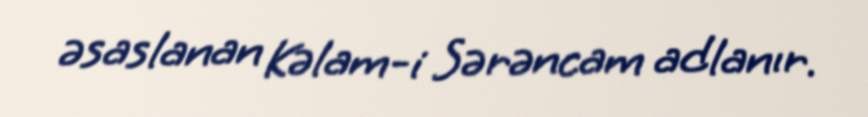
əsaslanan Kəlam-i Sərəncam adlanır.